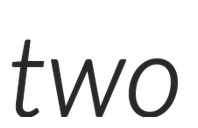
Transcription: two